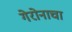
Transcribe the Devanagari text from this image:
गेरोनाचा